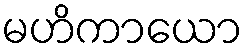
မဟိကာယော